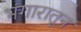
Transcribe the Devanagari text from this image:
भंगारातून